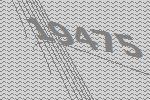
19475